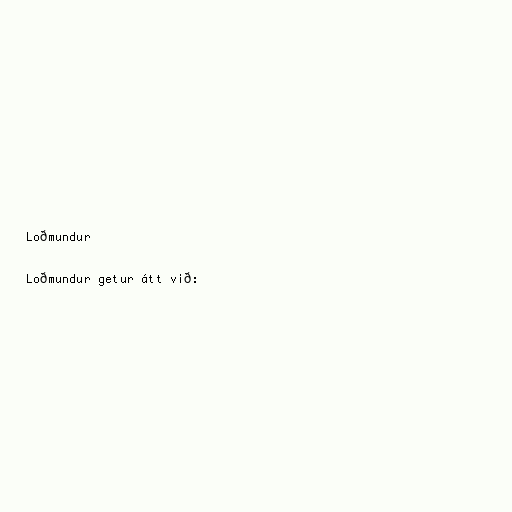
Loðmundur

Loðmundur getur átt við: